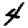
Digit: 4